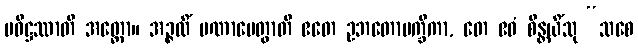
ပဝိဋ္ဌဿာတိ အတ္ထော။ အဉ္ဇလိံ ပဏာမေတွာတိ ဧတေ ဥဘတောပက္ခိကာ, တေ ဧဝံ စိန္တယိံသု “သစေ